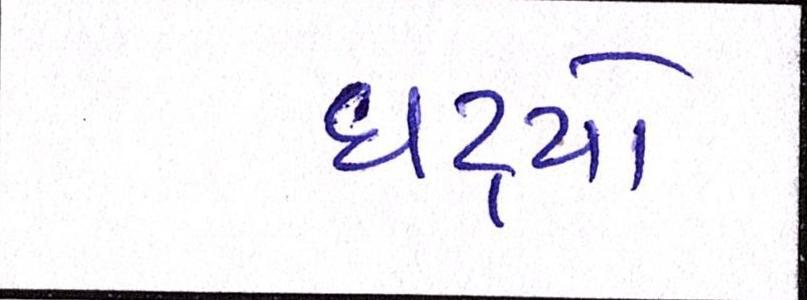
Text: ઘટ્યો